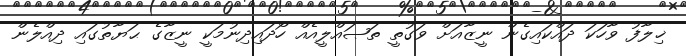
ޚިލާފު ވާހަކަ ދައްކައިގެން ނީޒާއަށް ވަގުތީ ތަޞައްލީއެއް ހޯދައިދިނުމަކީ ނީޒާގެ ޙަޔާތުގައި ދިއްލެން